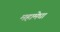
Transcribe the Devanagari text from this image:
महामेघा